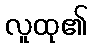
လူထု၏